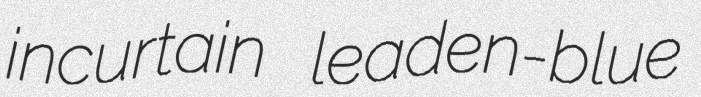
incurtain leaden-blue